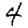
Digit: 4